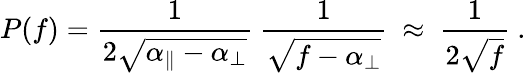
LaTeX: P(f)=\frac{1}{2\sqrt{\alpha_{\parallel}-\alpha_{\perp}}}~\frac{1}{\sqrt{f-\alpha_{\perp}}}~\approx~\frac{1}{2\sqrt{f}}~.